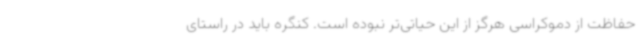
حفاظت از دموکراسی هرگز از این حیاتی‌تر نبوده است. کنگره باید در راستای